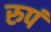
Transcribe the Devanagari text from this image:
रुपं